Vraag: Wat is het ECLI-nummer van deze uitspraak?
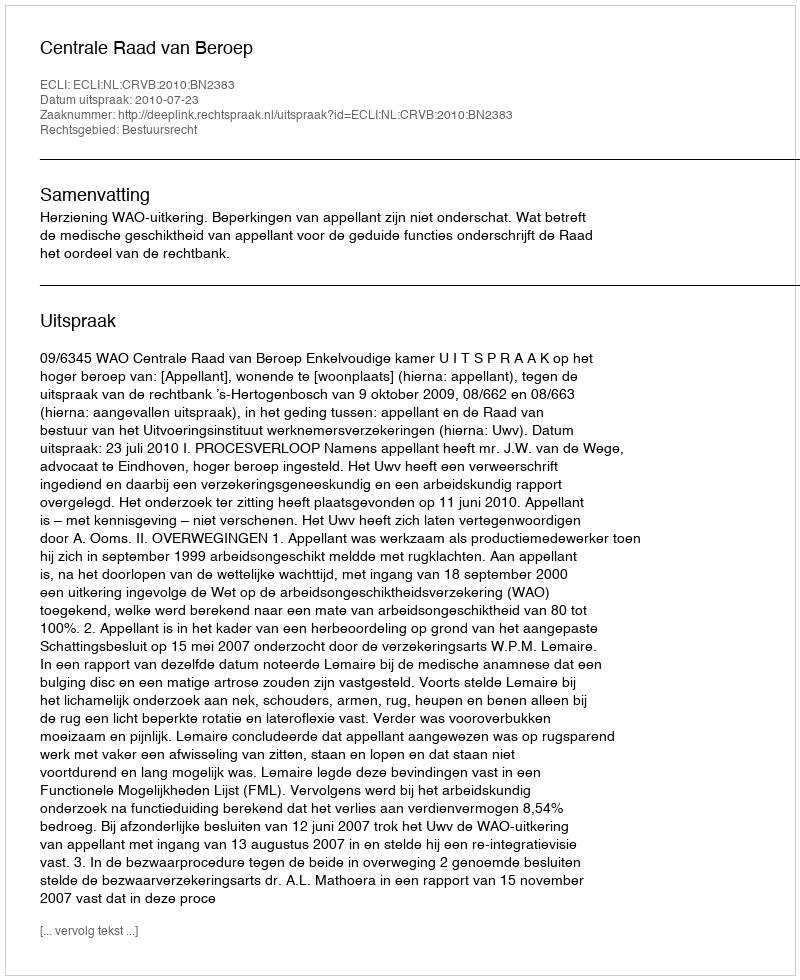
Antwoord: ECLI:NL:CRVB:2010:BN2383